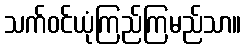
သက်ဝင်ယုံကြည်ကြမည်သာ။